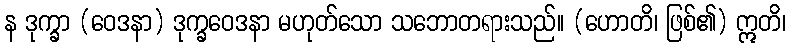
န ဒုက္ခာ (ဝေဒနာ) ဒုက္ခဝေဒနာ မဟုတ်သော သဘောတရားသည်။ (ဟောတိ၊ ဖြစ်၏) ဣတိ၊